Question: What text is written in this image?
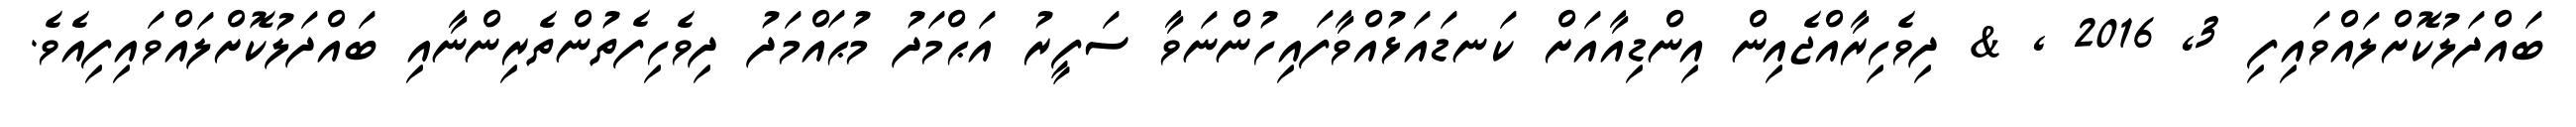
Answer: ބައްދަލުކޮށްލައްވައިފި 3, 2016 , & ދިވެހިރާއްޖެއިން އިންޑިއާއަށް ކަނޑައަޅުއްވާފައިހުންނަވާ ސަފީރު އަޙްމަދު މުޙައްމަދު ދިވެހިފެތުންތެރިންނާއި ބައްދަލުކޮށްލައްވައިފިއެވެ.